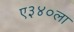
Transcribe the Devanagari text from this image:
ए३४०ला